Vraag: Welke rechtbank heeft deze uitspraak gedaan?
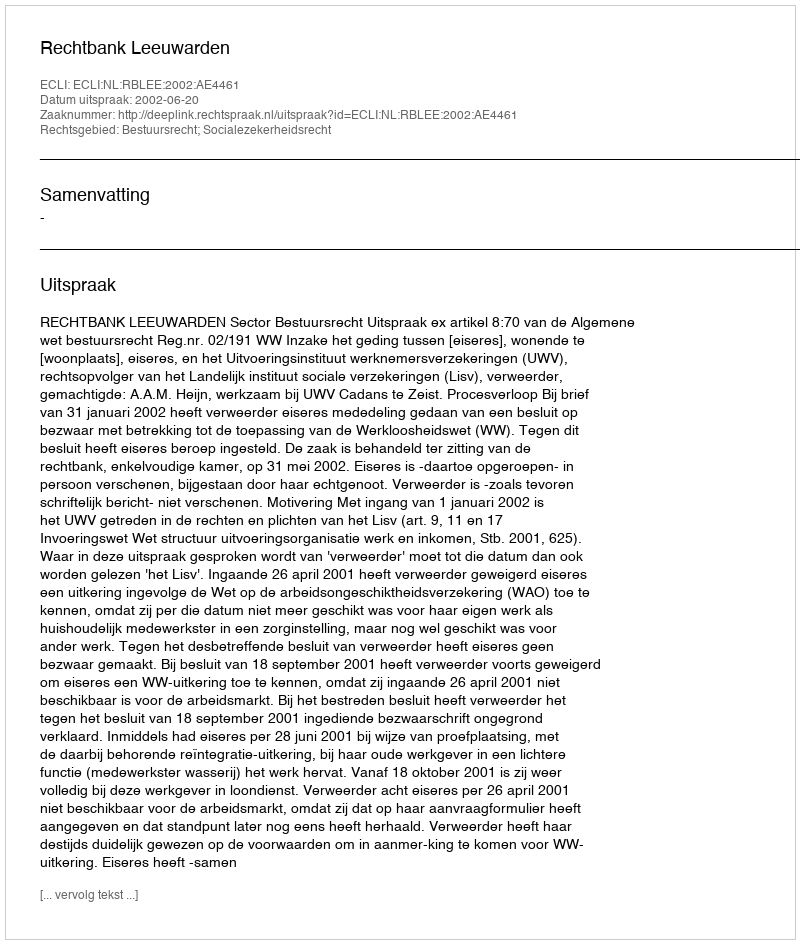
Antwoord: Rechtbank Leeuwarden